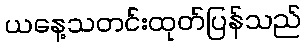
ယနေ့သတင်းထုတ်ပြန်သည်